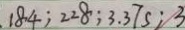
1 8 4 ; 2 2 8 ; 3 . 3 7 s ; 3